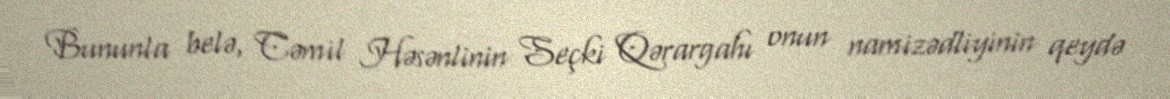
Bununla belə, Cəmil Həsənlinin Seçki Qərargahı onun namizədliyinin qeydə